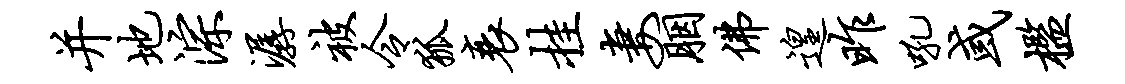
并地淙潺被令狐衰挂妻胭佛遑昨吼或槛